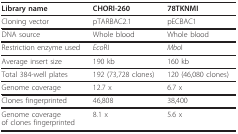
<table><thead><tr><td><b>Library name</b></td><td><b>CHORI-260</b></td><td><b>78TKNMI</b></td></tr></thead><tbody><tr><td>Cloning vector</td><td>pTARBAC2.1</td><td>pECBAC1</td></tr><tr><td>DNA source</td><td>Whole blood</td><td>Whole blood</td></tr><tr><td>Restriction enzyme used</td><td><i>Eco</i>RI</td><td><i>Mbo</i>I</td></tr><tr><td>Average insert size</td><td>190 kb</td><td>160 kb</td></tr><tr><td>Total 384-well plates</td><td>192 (73,728 clones)</td><td>120 (46,080 clones)</td></tr><tr><td>Genome coverage</td><td>12.7 x</td><td>6.7 x</td></tr><tr><td>Clones fingerprinted</td><td>46,808</td><td>38,400</td></tr><tr><td>Genome coverageof clones fingerprinted</td><td>8.1 x</td><td>5.6 x</td></tr></tbody></table>